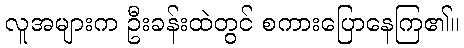
လူအများက ဦးခန်းထဲတွင် စကားပြောနေကြ၏။